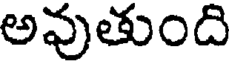
అవుతుంది